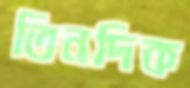
তিনদিক